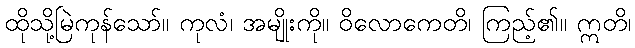
ထိုသို့မြဲကုန်သော်။ ကုလံ၊ အမျိုးကို။ ဝိလောကေတိ၊ ကြည့်၏။ ဣတိ၊